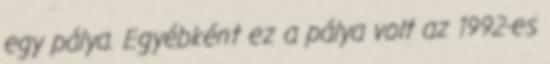
egy pálya. Egyébként ez a pálya volt az 1992-es